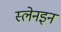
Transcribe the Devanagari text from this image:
स्लेनइन